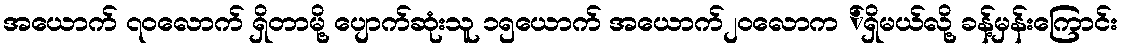
အယောက် ၇၀လောက် ရှိတာမို့ ပျောက်ဆုံးသူ ၁၅ယောက် အယောက်၂၀လောက ်ရှိမယ်လို့ ခန့်မှန်းကြောင်း